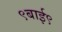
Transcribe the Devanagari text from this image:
९बाई९